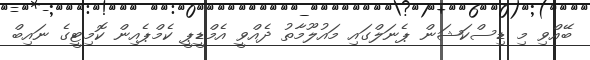
ބޭއްވި މި ޑިސްކަޝަން ޕެނަލްގައި މައުލޫމާތު ދެއްވީ އެމްޑީޕީ ކެމްޕެއިން ކޮމިޓީގެ ނައިބް